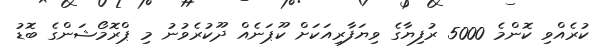
ކުރެއްވި ކޮންމެ 5000 ރުފިޔާގެ ވިޔަފާރިއަކަށް ކޫޕަނެއް ދޫކުރެވުނު މި ޕްރޮމޯޝަންގެ ބޮޑު